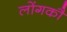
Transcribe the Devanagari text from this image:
लोंगकौ